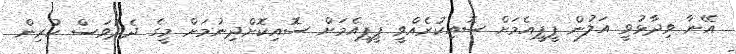
އޭނާ ވިދާޅުވީ އަލުން ޕީޕީއެމަށް ސޮއިކުރެއްވީ ޕީޕީއެމަށް ސޮއިކޮށްދިނުމަށް މީގެ ދެދުވަސް ކުރިން